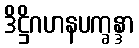
ဒိဋ္ဌိဂဟနပက္ခန္ဒာ